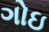
ગોઇ